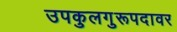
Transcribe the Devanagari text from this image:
उपकुलगुरूपदावर